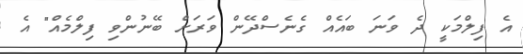
އެ ފިލްމަކީ ދެ ވަނަ ބައެއް ގެނެސްދޭން ވަރަށް ބޭނުންވި ފިލްމެއް" އެ